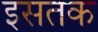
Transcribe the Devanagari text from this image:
इसतक